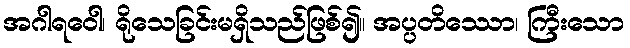
အဂါရဝေါ၊ ရိုသေခြင်းမရှိသည်ဖြစ်၍။ အပ္ပတိဿော၊ ကြီးသော